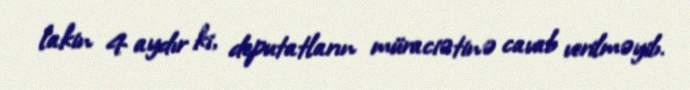
lakin 4 aydır ki, deputatların müraciətinə cavab verilməyib.